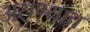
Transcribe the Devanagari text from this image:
असण्यात